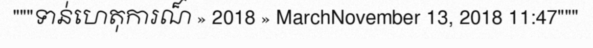
"""ទាន់ហេតុការណ៏ » 2018 » MarchNovember 13, 2018 11:47"""